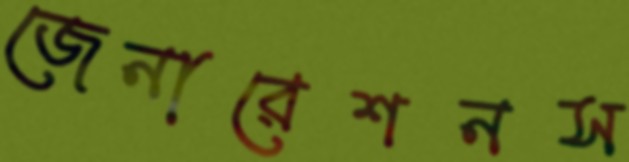
জেনারেশনস